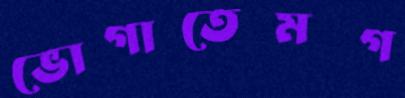
ভোগাতেমগ